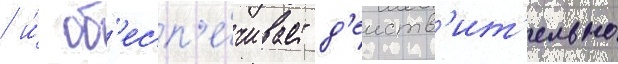
/ и́ об'есп'е́чивает д'еиств'ит'ельно